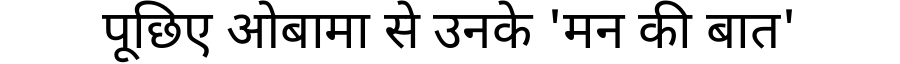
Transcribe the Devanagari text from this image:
पूछिए ओबामा से उनके 'मन की बात'